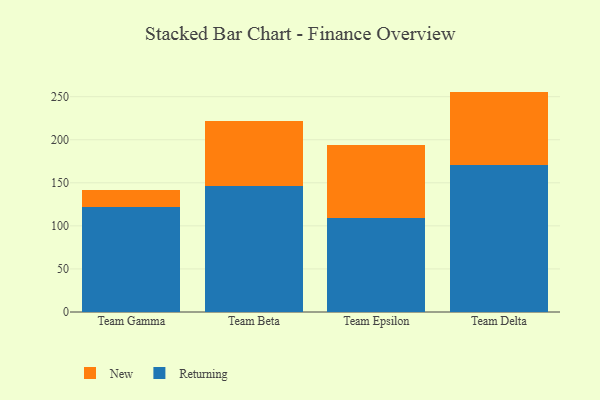
{"axis": {"x": "Team", "y": "Shipments"}, "legend": ["New", "Returning"], "data": [{"x": "Team Gamma", "y": 122.3, "type": "Returning"}, {"x": "Team Gamma", "y": 19.7, "type": "New"}, {"x": "Team Beta", "y": 146.4, "type": "Returning"}, {"x": "Team Beta", "y": 75.2, "type": "New"}, {"x": "Team Epsilon", "y": 109.6, "type": "Returning"}, {"x": "Team Epsilon", "y": 84.4, "type": "New"}, {"x": "Team Delta", "y": 170.5, "type": "Returning"}, {"x": "Team Delta", "y": 85.4, "type": "New"}]}